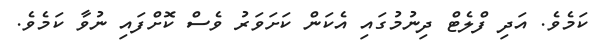
ކަމެވެ. އަދި ފްލެޓް ދިނުމުގައި އެކަން ކަށަވަރު ވެސް ކޮށްފައި ނުވާ ކަމެވެ.